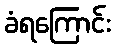
ခံရကြောင်း